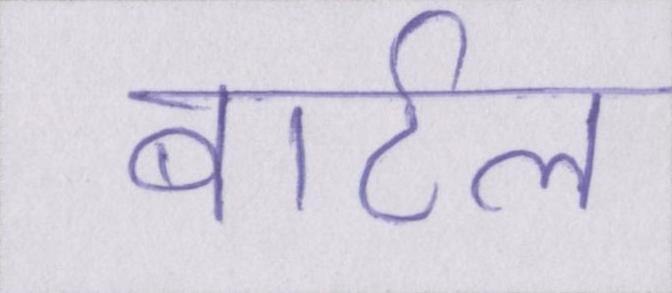
बार्टल